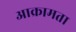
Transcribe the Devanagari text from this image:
आक्रामता